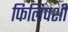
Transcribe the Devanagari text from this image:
फिलिपशी